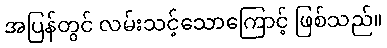
အပြန်တွင် လမ်းသင့်သောကြောင့် ဖြစ်သည်။